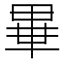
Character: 𤲃